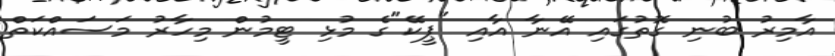
އާމިރު ބުނި ގޮތުގައި އޭނާ އާއި "ޕީކޭ"ގެ މުޅި ޓީމުން މިހާރު މަސައްކަތް